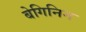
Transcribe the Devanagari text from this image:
बेगिनिन